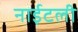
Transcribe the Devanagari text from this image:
नाईटली